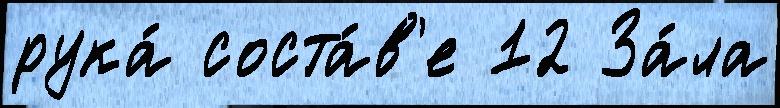
рука́ соста́в'е 12 За́ла